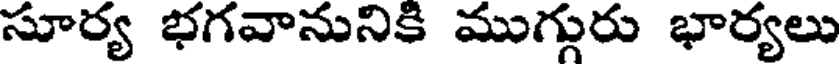
సూర్య భగవానునికి ముగ్గురు భార్యలు